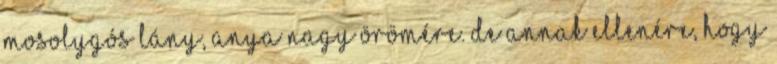
mosolygós lány, Anya nagy örömére. De annak ellenére, hogy